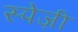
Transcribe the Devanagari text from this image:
स्पेज़ी